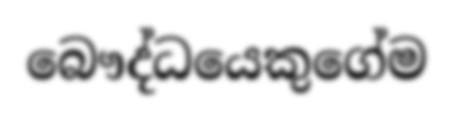
බෞද්ධයෙකුගේම